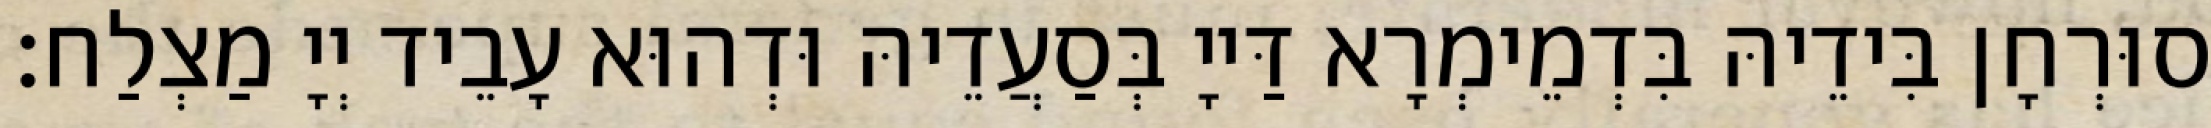
סוּרְחָן בִּידֵיהּ בִּדְמֵימְרָא דַּייָ בְּסַעֲדֵיהּ וּדְהוּא עָבֵיד יְיָ מַצְלַח׃